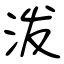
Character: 泼